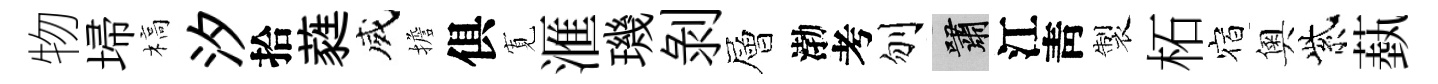
物埽槁汐拾蕤威擔俱𡩖滙璣剝層渤考刎嘯江靑製柘宿奧紫蓺